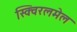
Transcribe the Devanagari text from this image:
स्क्विरलमेल